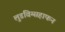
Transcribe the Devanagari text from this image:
लुडविग्सहाफन